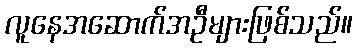
လူနေအဆောက်အဦများဖြစ်သည်။